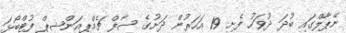
ނޭޕާލްގައި ބުދަ ދުވަހު ފެށި 19 އަހަރުން ދަށުގެ ސާފް ޗެމްޕިއަންޝިޕް ފުޓްބޯޅަ